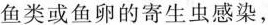
鱼类或鱼卵的寄生虫感染，